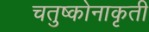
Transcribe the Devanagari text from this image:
चतुष्कोनाकृती